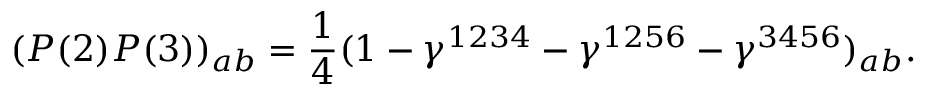
\left( P ( 2 ) P ( 3 ) \right) _ { a b } = \frac { 1 } { 4 } ( 1 - \gamma ^ { 1 2 3 4 } - \gamma ^ { 1 2 5 6 } - \gamma ^ { 3 4 5 6 } ) _ { a b } .